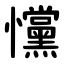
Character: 戃